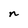
Character: n